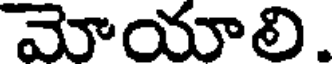
మోయాలి.